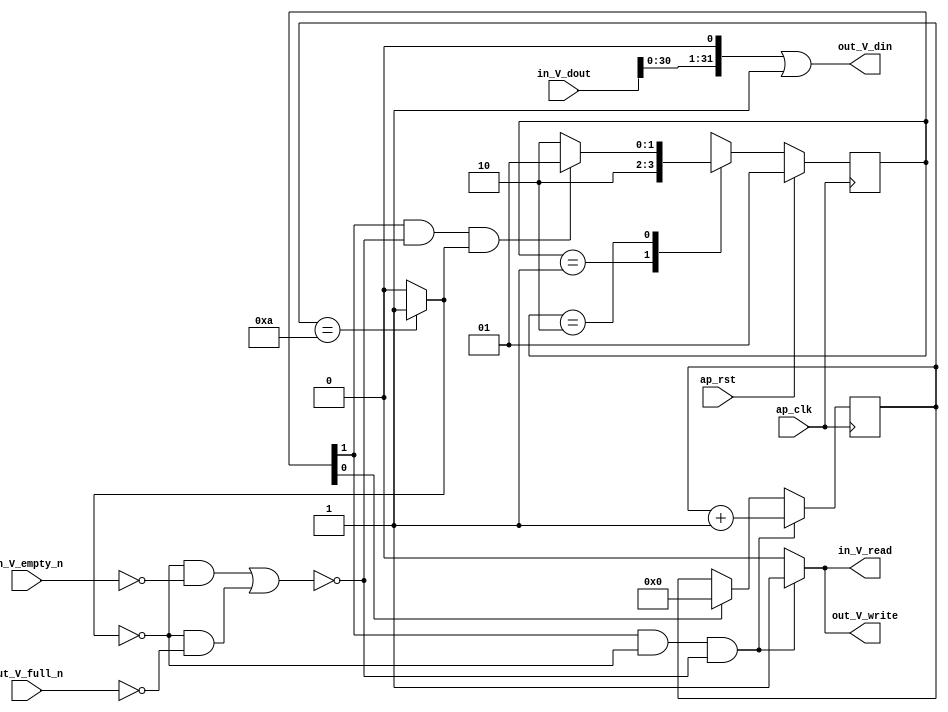
// ==============================================================
// RTL generated by Vivado(TM) HLS - High-Level Synthesis from C, C++ and SystemC
// Version: 2017.1
// Copyright (C) 1986-2017 Xilinx, Inc. All Rights Reserved.
// 
// ===========================================================

`timescale 1 ns / 1 ps 

(* CORE_GENERATION_INFO="process1,hls_ip_2017_1,{HLS_INPUT_TYPE=cxx,HLS_INPUT_FLOAT=0,HLS_INPUT_FIXED=0,HLS_INPUT_PART=xc7z020clg484-1,HLS_INPUT_CLOCK=10.000000,HLS_INPUT_ARCH=others,HLS_SYN_CLOCK=4.644000,HLS_SYN_LAT=11,HLS_SYN_TPT=none,HLS_SYN_MEM=0,HLS_SYN_DSP=0,HLS_SYN_FF=6,HLS_SYN_LUT=91}" *)

module process1 (
        ap_clk,
        ap_rst,
        in_V_dout,
        in_V_empty_n,
        in_V_read,
        out_V_din,
        out_V_full_n,
        out_V_write
);

parameter    ap_ST_fsm_state1 = 2'd1;
parameter    ap_ST_fsm_state2 = 2'd2;

input   ap_clk;
input   ap_rst;
input  [31:0] in_V_dout;
input   in_V_empty_n;
output   in_V_read;
output  [31:0] out_V_din;
input   out_V_full_n;
output   out_V_write;
reg in_V_read;
reg out_V_write;

reg    in_V_blk_n;
(* fsm_encoding = "none" *) reg   [1:0] ap_CS_fsm;
wire    ap_CS_fsm_state2;
wire   [0:0] exitcond_fu_64_p2;
reg    out_V_blk_n;
wire   [3:0] i_1_fu_70_p2;
reg    ap_block_state2;
reg   [3:0] i_reg_53;
wire    ap_CS_fsm_state1;
wire   [31:0] tmp_fu_76_p2;
reg   [1:0] ap_NS_fsm;

// power-on initialization
initial begin
#0 ap_CS_fsm = 2'd1;
end

always @ (posedge ap_clk) begin
    if (ap_rst == 1'b1) begin
        ap_CS_fsm <= ap_ST_fsm_state1;
    end else begin
        ap_CS_fsm <= ap_NS_fsm;
    end
end

always @ (posedge ap_clk) begin
    if (((1'b1 == ap_CS_fsm_state2) & (exitcond_fu_64_p2 == 1'd0) & ~(((exitcond_fu_64_p2 == 1'd0) & (1'b0 == in_V_empty_n)) | ((exitcond_fu_64_p2 == 1'd0) & (1'b0 == out_V_full_n))))) begin
        i_reg_53 <= i_1_fu_70_p2;
    end else if ((1'b1 == ap_CS_fsm_state1)) begin
        i_reg_53 <= 4'd0;
    end
end

always @ (*) begin
    if (((1'b1 == ap_CS_fsm_state2) & (exitcond_fu_64_p2 == 1'd0))) begin
        in_V_blk_n = in_V_empty_n;
    end else begin
        in_V_blk_n = 1'b1;
    end
end

always @ (*) begin
    if (((1'b1 == ap_CS_fsm_state2) & (exitcond_fu_64_p2 == 1'd0) & ~(((exitcond_fu_64_p2 == 1'd0) & (1'b0 == in_V_empty_n)) | ((exitcond_fu_64_p2 == 1'd0) & (1'b0 == out_V_full_n))))) begin
        in_V_read = 1'b1;
    end else begin
        in_V_read = 1'b0;
    end
end

always @ (*) begin
    if (((1'b1 == ap_CS_fsm_state2) & (exitcond_fu_64_p2 == 1'd0))) begin
        out_V_blk_n = out_V_full_n;
    end else begin
        out_V_blk_n = 1'b1;
    end
end

always @ (*) begin
    if (((1'b1 == ap_CS_fsm_state2) & (exitcond_fu_64_p2 == 1'd0) & ~(((exitcond_fu_64_p2 == 1'd0) & (1'b0 == in_V_empty_n)) | ((exitcond_fu_64_p2 == 1'd0) & (1'b0 == out_V_full_n))))) begin
        out_V_write = 1'b1;
    end else begin
        out_V_write = 1'b0;
    end
end

always @ (*) begin
    case (ap_CS_fsm)
        ap_ST_fsm_state1 : begin
            ap_NS_fsm = ap_ST_fsm_state2;
        end
        ap_ST_fsm_state2 : begin
            if (((1'b1 == ap_CS_fsm_state2) & ~(((exitcond_fu_64_p2 == 1'd0) & (1'b0 == in_V_empty_n)) | ((exitcond_fu_64_p2 == 1'd0) & (1'b0 == out_V_full_n))) & (exitcond_fu_64_p2 == 1'd1))) begin
                ap_NS_fsm = ap_ST_fsm_state1;
            end else if (((1'b1 == ap_CS_fsm_state2) & (exitcond_fu_64_p2 == 1'd0) & ~(((exitcond_fu_64_p2 == 1'd0) & (1'b0 == in_V_empty_n)) | ((exitcond_fu_64_p2 == 1'd0) & (1'b0 == out_V_full_n))))) begin
                ap_NS_fsm = ap_ST_fsm_state2;
            end else begin
                ap_NS_fsm = ap_ST_fsm_state2;
            end
        end
        default : begin
            ap_NS_fsm = 'bx;
            //ap_NS_fsm = ap_ST_fsm_state1;
        end
    endcase
end

assign ap_CS_fsm_state1 = ap_CS_fsm[32'd0];

assign ap_CS_fsm_state2 = ap_CS_fsm[32'd1];

always @ (*) begin
    ap_block_state2 = (((exitcond_fu_64_p2 == 1'd0) & (1'b0 == in_V_empty_n)) | ((exitcond_fu_64_p2 == 1'd0) & (1'b0 == out_V_full_n)));
end

assign exitcond_fu_64_p2 = ((i_reg_53 == 4'd10) ? 1'b1 : 1'b0);

assign i_1_fu_70_p2 = (i_reg_53 + 4'd1);

assign out_V_din = (tmp_fu_76_p2 | 32'd1);

assign tmp_fu_76_p2 = in_V_dout << 32'd1;

endmodule //process1